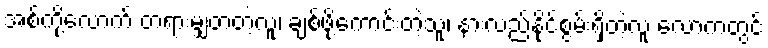
အစ်ကို့လောက် တရားမျှတတဲ့လူ၊ ချစ်ဖို့ကောင်းတဲ့သူ၊ နားလည်နိုင်စွမ်းရှိတဲ့လူ လောကတွင်